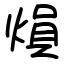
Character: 熉